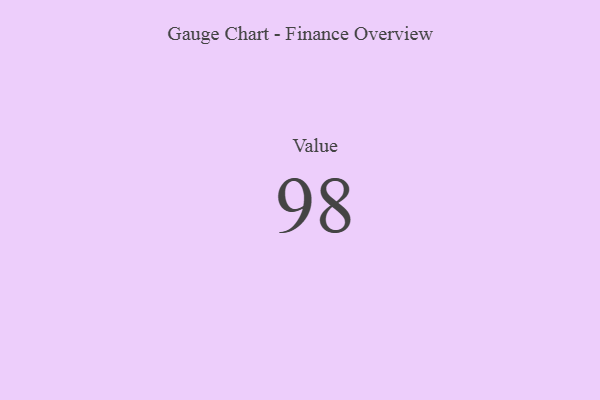
{"axis": {"x": "Metric", "y": "Value"}, "legend": [""], "data": [{"x": "Value", "y": 98, "type": ""}]}